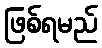
ဖြစ်ရမည်